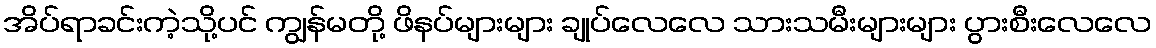
အိပ်ရာခင်းကဲ့သို့ပင် ကျွန်မတို့ ဖိနပ်များများ ချုပ်လေလေ သားသမီးများများ ပွားစီးလေလေ